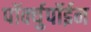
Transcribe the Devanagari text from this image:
पॉर्क्युपॉईन